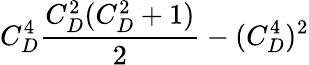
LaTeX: C_{D}^{4}{\frac{C_{D}^{2}(C_{D}^{2}+1)}{2}}-(C_{D}^{4})^{2}